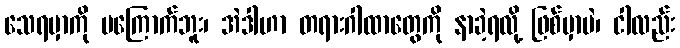
သေရမှာကို မကြောက်ဘူး၊ အဲဒါဟာ တရားဂါထာတွေကို နာခဲ့ရလို့ ဖြစ်မှာပဲ၊ ငါလည်း